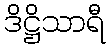
ဒိဋ္ဌိသာရီ